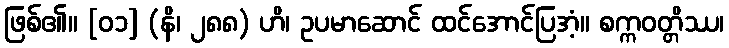
ဖြစ်၏။ [၀၁] (နိ၊ ၂၈၈) ဟိ၊ ဥပမာဆောင် ထင်အောင်ပြအံ့။ စက္ကဝတ္တိဿ၊